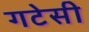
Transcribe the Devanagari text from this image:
गटेसी